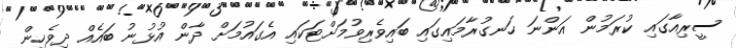
ސީރިއާގައި ކުރަމުން އަންނަ ހަނގުރާމައިގައި ބައިވެރިވުމަށްޓަކައި އެގައުމަށް ދާން އުޅުނު ބައެއް ދިވެހިން